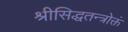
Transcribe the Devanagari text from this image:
श्रीसिद्धतन्त्रोक्तं